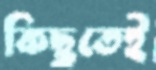
কিছুতেই